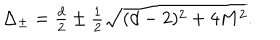
LaTeX: \textstyle \Delta _ { \pm } = \frac d 2 \pm \frac 1 2 \sqrt { ( d - 2 ) ^ { 2 } + 4 M ^ { 2 } } .